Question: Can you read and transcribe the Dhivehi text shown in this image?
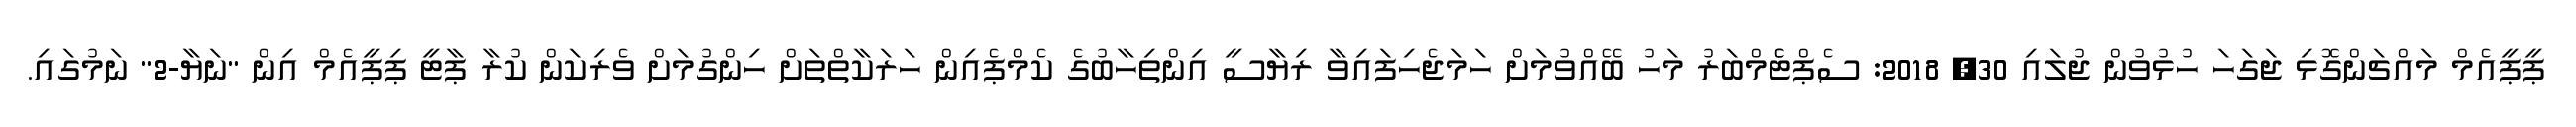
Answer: ޕީޕީއެމް މައްޗަންގޮޅި ޖަގަހަ ހުޅުވުން ޖުލައި 30, 2018: ސެޕްޓެެމްބަރު މަހު ބޭއްވުމަށް ހަމަޖެހިފައިވާ ރިޔާސީ އިންތިހާބުގެ ކެމްޕެއިން ހަރަކާތްތަށް ހިންގުމަށް ވެރިކަން ކުރާ ޕާޓީ ޕިޕީއެމް އިން "ނަޔާ-2" ނަމުގައި.